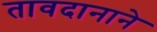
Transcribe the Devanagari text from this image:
तावदानाने